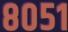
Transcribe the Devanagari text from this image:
८०५१